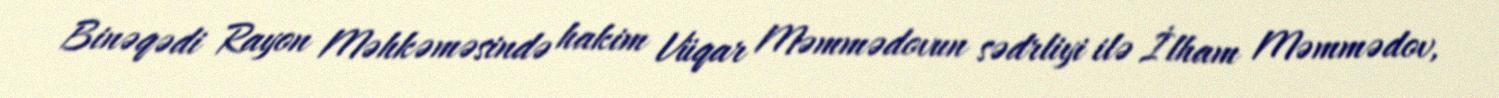
Binəqədi Rayon Məhkəməsində hakim Vüqar Məmmədovun sədrliyi ilə İlham Məmmədov,